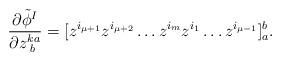
LaTeX: \begin{align*}\frac{\partial\tilde{\phi}^{I}}{\partial z^{ka}_{\;b}} = [z^{i_{\mu +1}} z^{i_{\mu +2}} \ldots z^{i_{m}} z^{i_{1}} \ldots z^{i_{\mu -1}}]^b_a.\end{align*}